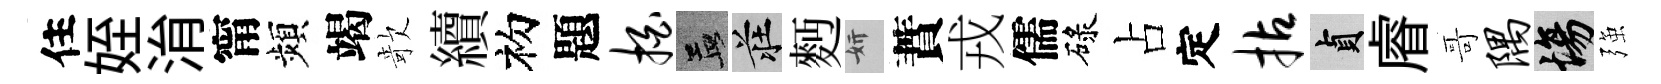
住姪㳙甯頻竭欹續初題拍孟莊麪妍蕡戎儒碌占定拈貞𥈠哥隅場强